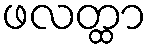
ဖလတ္ထာ